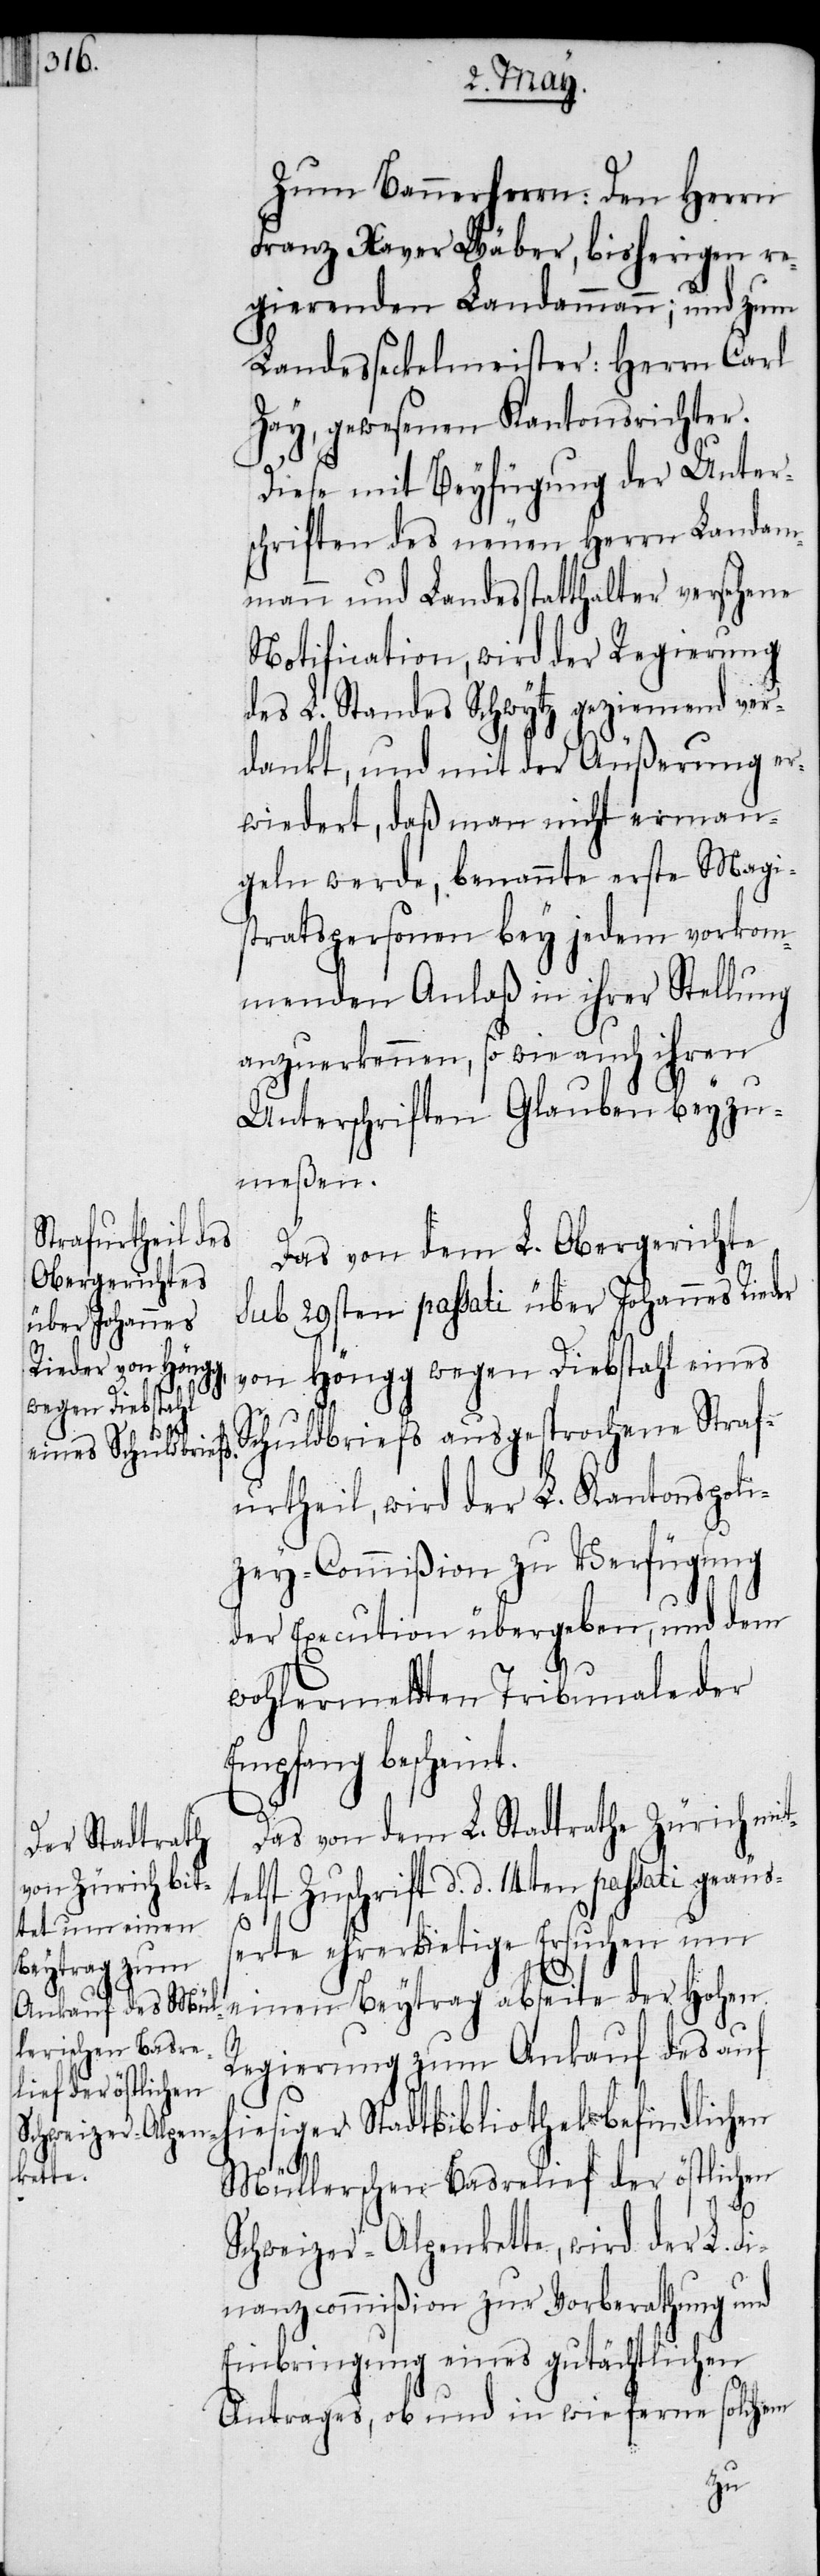
i geäuß¬

Zum Bannerherrn: Den Herrn
Franz Xaver Wäber, bisherigen re¬
gierenden Landammann; und zum
Landesseckelmeister: Herrn Carl
Zay, gewesenen Kantonsrichter.
Diese mit Beyfügung der Unter¬
schriften des neuen Herrn Landam¬
mann und Landesstatthalter versehene
Notification, wird der Regierung
des L. Standes Schwytz geziemend ver¬
dankt, und mit der Äußerung er¬
wiedert, daß man nicht erman¬
geln werde, benannte erste Magi¬
stratspersonen bey jedem vorkom¬
menden Anlaß in ihrer Stellung
anzuerkennen, so wie auch ihren
Unterschriften Glauben beyzu¬
meßen.
Das von dem L. Obergerichte
sub 29sten passati über Johannes Rieder
von Höngg wegen Diebstahl eines
Schuldbriefs ausgesprochene Straf¬
urtheil, wird der L. Kantonspoli¬
zey-Commißion zu Verfügung
der Execution übergeben, und dem
wohlermeldten Tribunale der
Empfang bescheint.
Das von dem L. Stadtrathe Zürich mit¬
st Zuschrift d. d. 14ten passat¬
erte ehrerbietige Ersuchen um
einen Beytrag abseite der Hohen
Regierung zum Ankauf des auf
esiger Stadtbibliothek befindlichen
Müllerschen Basrelief der östlichen
hi¬
Schweizer-Alpenkette, wird der L. F¬
inanzcommißion zur Vorberathung und
Einbringung eines gutächtlichen
Antrages, ob und in wie ferne solchem